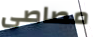
مصاصى